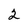
Character: 2